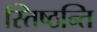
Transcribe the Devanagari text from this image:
स्तिष्ठन्ति